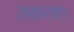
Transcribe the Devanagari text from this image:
अ़क्षरशः